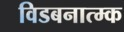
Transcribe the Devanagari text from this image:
विडबनात्म्क